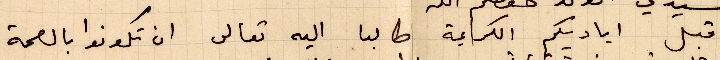
اقبل اياديكم الكريمة طالبا اليه تعالى ان تكونوا بالصحة